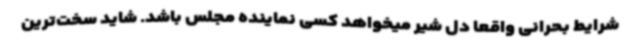
شرایط بحرانی واقعا دل شیر میخواهد کسی نماینده مجلس باشد. شاید سخت‌ترین